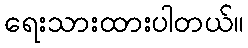
ရေးသားထားပါတယ်။